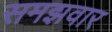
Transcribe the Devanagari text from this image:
समझवार